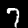
Label: 7